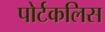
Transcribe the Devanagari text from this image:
पोर्टकलिस